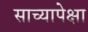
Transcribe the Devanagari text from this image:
साच्यापेक्षा